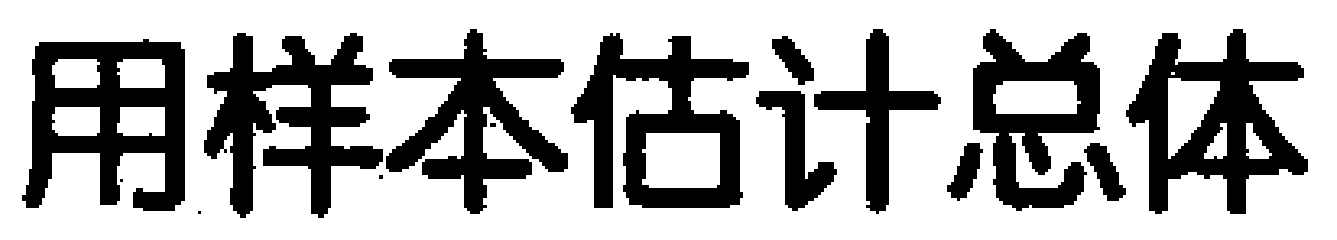
用样本估计总体